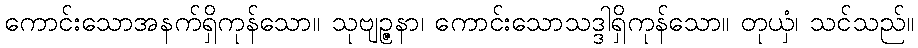
ကောင်းသောအနက်ရှိကုန်သော။ သုဗျဉ္ဇနာ၊ ကောင်းသောသဒ္ဒါရှိကုန်သော။ တုယှံ၊ သင်သည်။